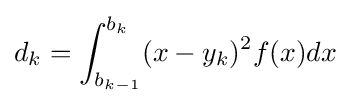
d_{k}=\int _{b_{k-1}}^{b_{k}}(x-y_{k})^{2}f(x)dx